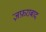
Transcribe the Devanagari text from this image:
ज़फ़राबाद